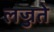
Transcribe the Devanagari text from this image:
लज्जते